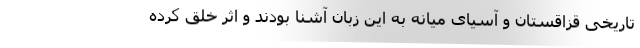
تاریخی قزاقستان و آسیای میانه به این زبان آشنا بودند و اثر خلق کرده